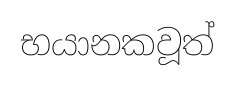
භයානකවූත්